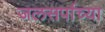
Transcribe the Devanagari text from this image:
जलसर्पाच्या